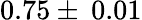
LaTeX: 0.75\pm\: 0.01